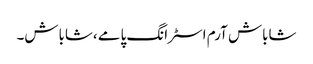
شاباش آرم اسٹرانگ پامے ،شاباش۔